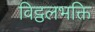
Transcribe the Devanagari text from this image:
विट्ठलभक्ति